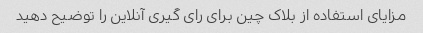
مزایای استفاده از بلاک چین برای رای گیری آنلاین را توضیح دهید